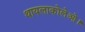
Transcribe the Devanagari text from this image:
थायलाकोलेओ।